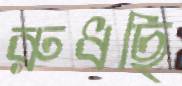
রুধছি